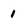
Character: 1